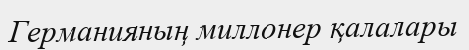
Германияның миллонер қалалары